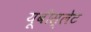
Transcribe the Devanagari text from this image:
यूबीस्लेट